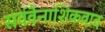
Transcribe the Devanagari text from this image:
सर्ववैनाशिकवाद